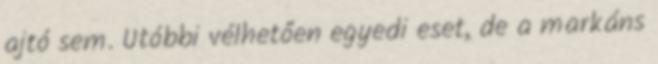
ajtó sem. Utóbbi vélhetően egyedi eset, de a markáns